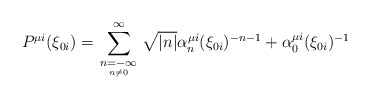
\begin{align*}P^{\mu i}(\xi _{0i})=\sum_{\scriptstyle n=-\infty \atop n\neq 0}^\infty \sqrt{|n|}\alpha _n^{\mu i}(\xi _{0i})^{-n-1}+\alpha _0^{\mu i}(\xi _{0i})^{-1}\end{align*}